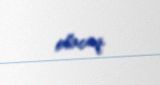
olacaq.